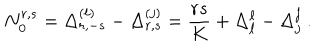
N _ { 0 } ^ { r , s } = \Delta _ { r , - s } ^ { ( \ell ) } - \Delta _ { r , s } ^ { ( j ) } = { \frac { r s } { K } } + \Delta _ { \ell } ^ { \ell } - \Delta _ { j } ^ { j } { } ~ .